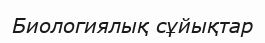
Биологиялық сұйықтар